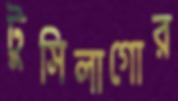
টুসিলাগোর